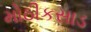
મોઠીકસાડ